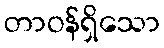
တာဝန်ရှိသော